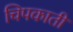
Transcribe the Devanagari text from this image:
चिपकाती